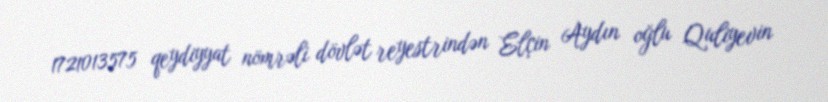
1721013575 qeydiyyat nömrəli dövlət reyestrindən Elçin Aydın oğlu Quliyevin